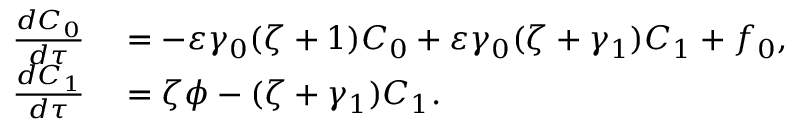
\begin{array} { r l } { \frac { d C _ { 0 } } { d \tau } } & { { } = - \varepsilon \gamma _ { 0 } ( \zeta + 1 ) C _ { 0 } + \varepsilon \gamma _ { 0 } ( \zeta + \gamma _ { 1 } ) C _ { 1 } + { f _ { 0 } } , } \\ { \frac { d C _ { 1 } } { d \tau } } & { { } = \zeta \phi - ( \zeta + \gamma _ { 1 } ) C _ { 1 } . } \end{array}